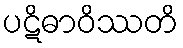
ပဋိဓာဝိဿတိ